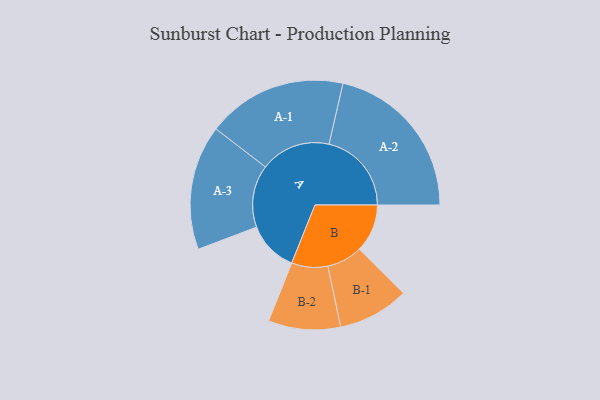
{"axis": {"x": "Segment", "y": "Value"}, "legend": ["", "A", "B"], "data": [{"x": "A", "y": 184, "type": ""}, {"x": "B", "y": 174, "type": ""}, {"x": "A-1", "y": 254, "type": "A"}, {"x": "A-2", "y": 299, "type": "A"}, {"x": "A-3", "y": 226, "type": "A"}, {"x": "B-1", "y": 129, "type": "B"}, {"x": "B-2", "y": 131, "type": "B"}]}